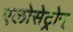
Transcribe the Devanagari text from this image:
एलोसेट्रोन्